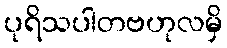
ပုရိသပါတဗဟုလမှိ